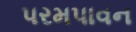
પરમપાવન